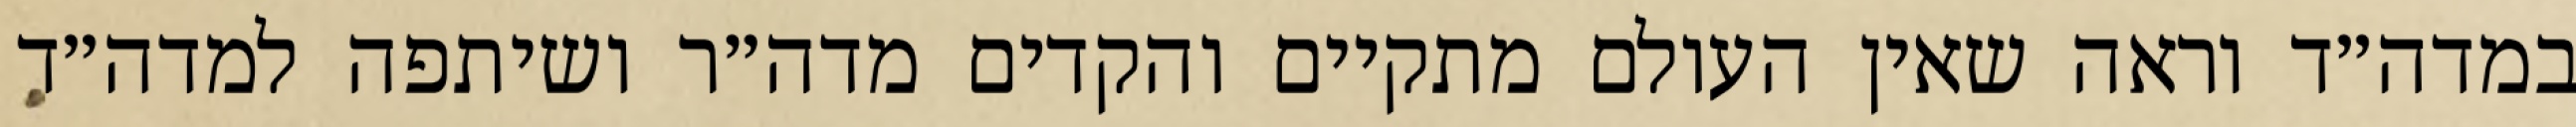
במדה״ד וראה שאין העולם מתקיים והקדים מדה״ר ושיתפה למדה״ד